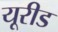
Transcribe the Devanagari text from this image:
यूरीड